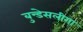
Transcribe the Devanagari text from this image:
बुन्डेसलीगा